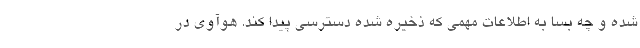
شده و چه بسا به اطلاعات مهمی که ذخیره شده دسترسی پیدا کند. هوآوی در